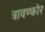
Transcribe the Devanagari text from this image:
त्रावण्कोर